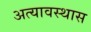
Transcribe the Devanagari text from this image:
अत्यावस्थास